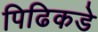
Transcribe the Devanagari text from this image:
पिढिकडे